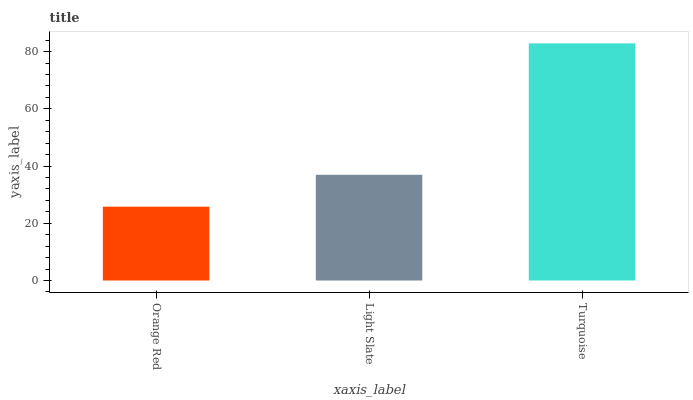
| xaxis_label | bars |
 | --- | --- |
 | Orange Red | 25.8 |
 | Light Slate | 36.9 |
 | Turquoise | 82.9 |